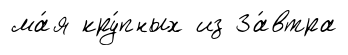
ма́я кру́пных из За́втра